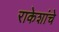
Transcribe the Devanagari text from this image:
राकेशांचे